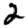
Digit: 2